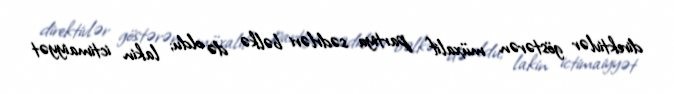
direktivlər göstərən müxalif partiya sədrləri bəlkə də oldu; lakin ictimaiyyət